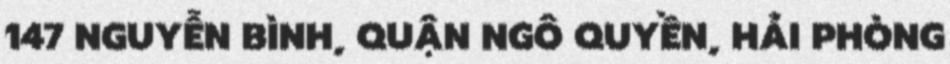
147 NGUYỄN BÌNH, QUẬN NGÔ QUYỀN, HẢI PHÒNG